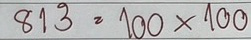
813 = 100x100